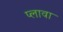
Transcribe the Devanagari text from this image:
प्लावा